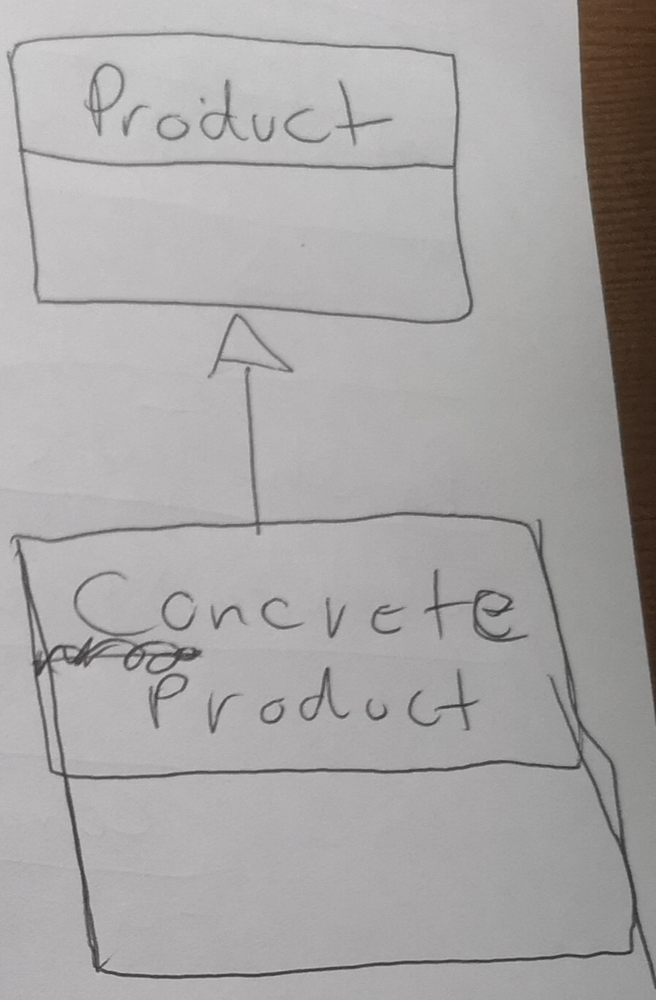
Diagram type: class_diagram
```plantuml
@startuml

class Product
class ConcreteProduct extends Product

@enduml
```